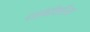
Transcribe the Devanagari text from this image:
दर्शनीयरित्या